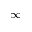
\infty